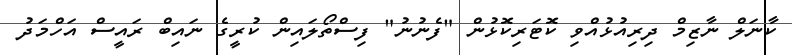
ކާނަލް ނާޒިމް ދިރިއުޅުއްވި ކޮޓަރިކޮޅުން "ފެނުނު" ފިސްތޯލައިން ކުރީގެ ނައިބް ރައީސް އަހްމަދު